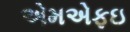
એમએફઇ